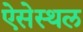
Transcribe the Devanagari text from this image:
ऐसेस्थल